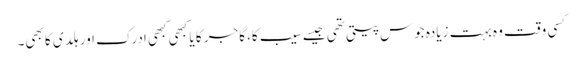
کسی وقت وہ بہت زیادہ جوس پیتی تھی جیسے سیب کا، گاجر کا یا کبھی کبھی ادرک اور ہلدی کا بھی۔